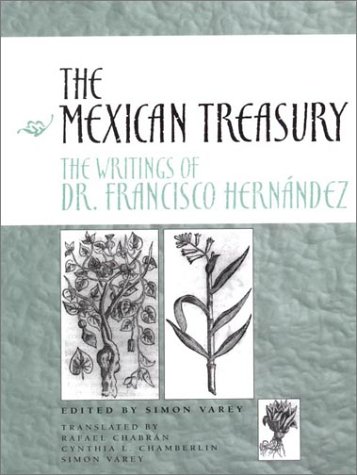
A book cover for The Mexican Treasury: The Writings of Dr. Francisco HernÃ¡ndez; Medical Books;